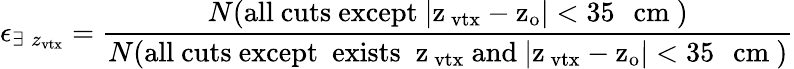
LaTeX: \epsilon_{\exists\; z_{\mathrm{vtx}}}=\frac{N(\mathrm{all~cuts~except~|z_{\mathrm{~vtx}}-z_{o}|<35\, ~\mathrm{~cm}~})}{N(\mathrm{all~cuts~except~\ exists\; ~z_{\mathrm{~vtx}}~and~|z_{\mathrm{~vtx}}-z_{o}|<35\, ~\mathrm{~cm}~})}